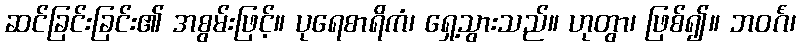
ဆင်ခြင်းခြင်း၏ အစွမ်းဖြင့်။ ပုရေစာရိကံ၊ ရှေ့သွားသည်။ ဟုတွာ၊ ဖြစ်၍။ ဘဝင်္ဂံ၊